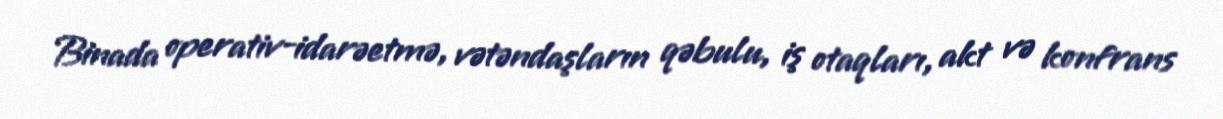
Binada operativ-idarəetmə, vətəndaşların qəbulu, iş otaqları, akt və konfrans